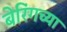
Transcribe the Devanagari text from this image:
बेरिंगच्या